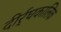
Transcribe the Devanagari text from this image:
दीर्र्घकालिक